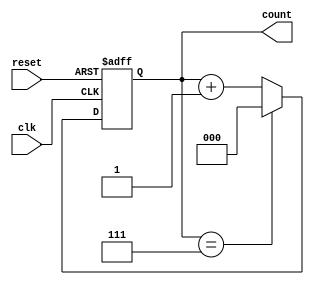
module mod_n_counter (
    input wire reset,    // Asynchronous reset
    input wire clk,      // Input clock signal to trigger counting
    output reg [2:0] count // 3-bit output for the counter
);

// Asynchronous reset and counter logic
always @(posedge clk or posedge reset) begin
    if (reset) begin
        count <= 3'b000; // Reset the counter to 0
    end else begin
        // Increment the counter
        count <= count + 1;
        
        // If the counter reaches 8, wrap around to 0 (Mod-8 behavior)
        if (count == 3'b111) begin
            count <= 3'b000; // Reset to 0
        end
    end
end

endmodule